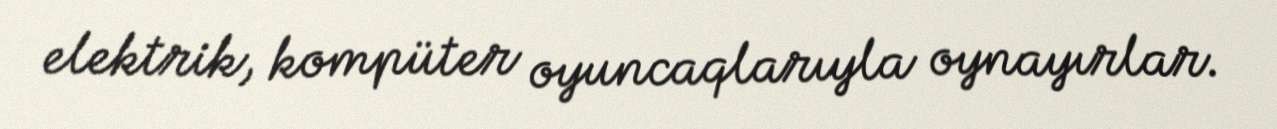
elektrik, kompüter oyuncaqlarıyla oynayırlar.